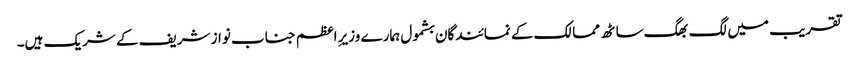
تقریب میں لگ بھگ ساٹھ ممالک کے نمائندگان بشمول ہمارے وزیرِ اعظم جناب نواز شریف کے شریک ہیں۔